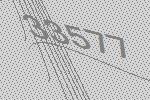
33577